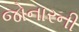
જોનારની